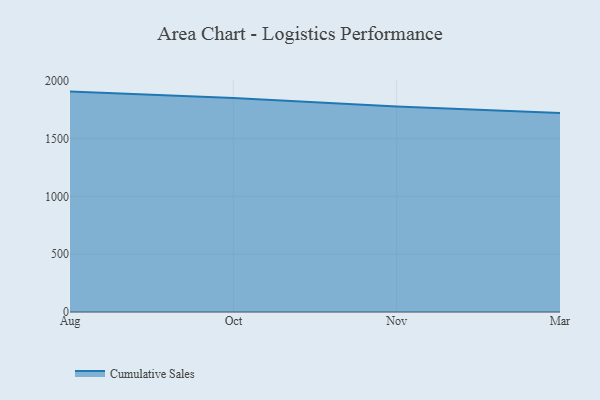
{"axis": {"x": "Month", "y": "Inventory Turnover"}, "legend": ["Cumulative Sales"], "data": [{"x": "Aug", "y": 1904.9, "type": "Cumulative Sales"}, {"x": "Oct", "y": 1848.7, "type": "Cumulative Sales"}, {"x": "Nov", "y": 1776.3, "type": "Cumulative Sales"}, {"x": "Mar", "y": 1718.9, "type": "Cumulative Sales"}]}